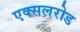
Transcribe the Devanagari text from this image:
एक्सलरोड